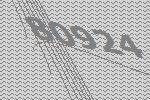
80924